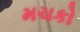
મચકો